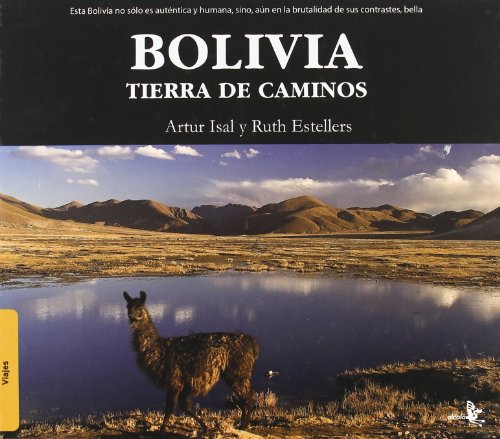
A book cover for Bolivia. tierra de caminos (Spanish Edition); Artur Isal; Travel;